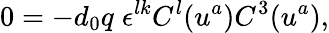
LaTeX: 0=-d_{0}q\; \epsilon^{lk}C^{l}(u^{a})C^{3}(u^{a}),